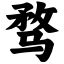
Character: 骛